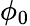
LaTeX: \phi_{\mathrm{0}}